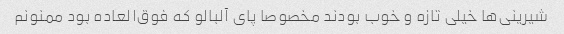
شیرینی‌ها خیلی تازه و خوب بودند مخصوصا پای آلبالو که فوق‌العاده بود ممنونم